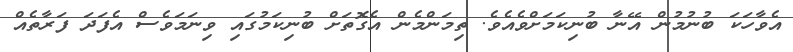
އެވާހަކަ ބުނުމުން އޭނާ ބުނިކަމަށްވެއެވެ. ތިމަންމެން އެގޮތަށް ބުނިކަމުގައި ވިނަމަވެސް އެފަދަ ފަރާތެއް